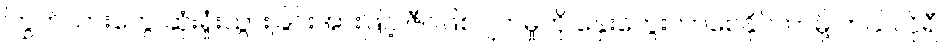
ကြွက်သားတွေ ဆုံးရှုံးသွားခြင်းအားဖြင့် ဇီဝဖြစ်ပျက်မှုကို နှေးကွေးလာစေနိုင်တာမို့ ကယ်လိုရီ